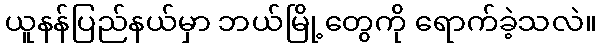
ယူနန်ပြည်နယ်မှာ ဘယ်မြို့တွေကို ရောက်ခဲ့သလဲ။